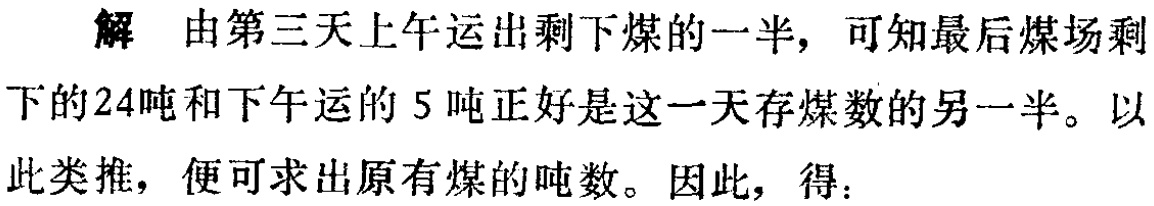
解 由第三天上午运出剩下煤的一半，可知最后煤场剩

下的24吨和下午运的5吨正好是这一天存煤数的另一半。以

此类推，便可求出原有煤的吨数。因此，得：